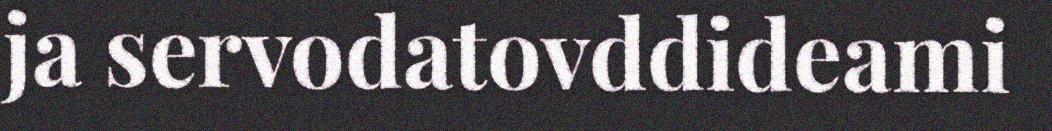
ja servodatovddideami